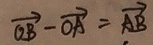
\overrightarrow { O B } - \overrightarrow { O A } = \overrightarrow { A B }